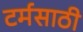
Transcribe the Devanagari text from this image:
टर्मसाठी